Report on sanitation, dispensaries, and jails in Rajputana for 1916, and on vaccination for the year 1916-1917 - 1916-1917
Year: 1916
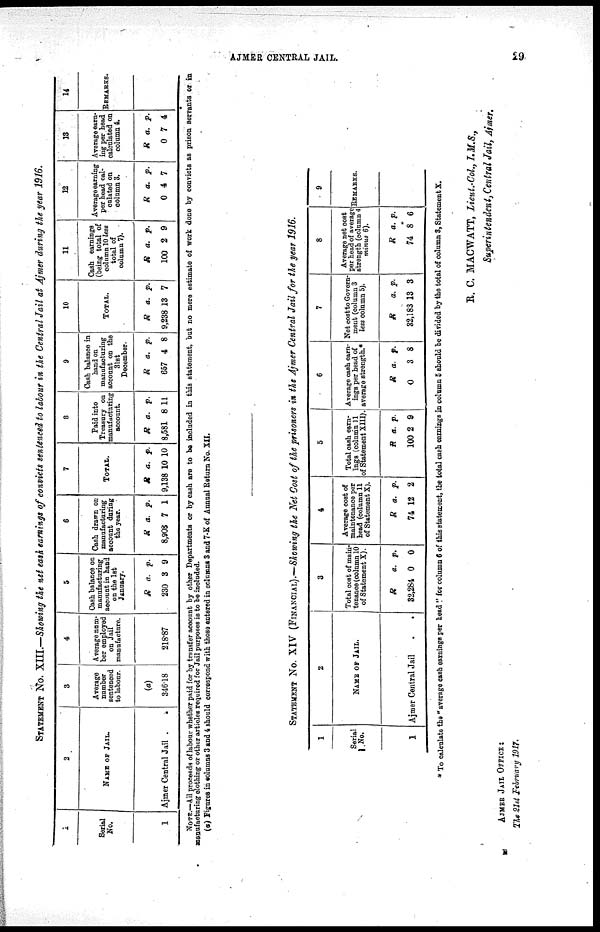
AJMER CENTRAL JAIL.
29
STATEMENT No. XIII.—Showing the net cash earnings of convicts sentenced to labour in the Central Jail at Ajmer during the year 1916.
1
Serial
No.
1
2
NAME OF JAIL.
Ajmer Central Jail
3
Average
number
sentenced
to labour.
(a)
346.18
4
Average num-
ber employed
on Jail
manufacture.
218.87
5
Cash balance on
manufacturing
account in hand
on the 1st
January.
R
230
a.
3
p.
9
6
Cash drawn on
manufacturing
account during
the year.
R
8,908
a.
7
p.
1
7
TOTAL.
R
9,138
a.
10
p.
10
8
Paid into
Treasury on
manufacturing
account.
R
8,581
a.
8
p.
11
9
Cash balance in
hand on
manufacturing
account on the
31st
December.
R
657
a.
4
p.
8
10
TOTAL.
R
9,238
a.
13
p.
7
11
Cash earnings
(being total of
column 10 less
total of
column 7).
R
100
a.
2
p.
9
12
Average earning
per head cal-
culated on
column 3.
R
0
a.
4
p.
7
13
Average earn-
ing per head
calculated on
column 4.
R
0
a.
7
p.
4
14
REMARKS.
NOTE.—All proceeds of labour whether paid for by transfer account by other Departments or by cash are to be included in this statement, but no more estimate of work done by convicts as prison servants or in
manufacturing clothing or other articles required for Jail purposes is to be included.
(a) Figures in columns 3 and 4 should correspond with those entered in columns 3 and 7-K of Annual Return No. XII.
STATEMENT No. XIV (FINANCIAL).—Showing the Net Cost of the prisoners in the Ajmer Central Jail for the year 1916.
1
Serial
No.
1
2
NAME OF JAIL.
Ajmer Central Jail
3
Total cost of main-
tenance (column 10
of Statement X).
R
32,284
a.
0
p.
0
4
Average cost of
maintenance per
head (column 11
of Statement X).
R
74
a.
12
p.
2
5
Total cash earn-
ings (column 11
of Statement XIII).
R
100
a.
2
p.
9
6
Average cash earn-
ings per head of
average strength.*
R
0
a.
3
p.
8
7
Net cost to Govern-
ment (column 3
less column 5).
R
32,183
a.
13
p.
3
8
Average net cost
per head of average
strength (column 4
minus 6).
R
74
a.
8
p.
6
9
REMARKS.
* To calculate the "average cash earnings per head" for column 6 of this statement, the total each earnings in column 5 should be divided by the total of column 3, Statement X.
R. C. MACWATT, Lieut.-Col., I.M.S.,
Superintendent, Central Jail, Ajmer.
AJMER JAIL OFFICE:
The 21st February 1917.